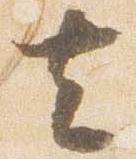
去